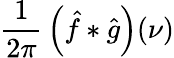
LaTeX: {\frac{1}{2\pi}}\left({\hat{f}}*{\hat{g}}\right)(\nu)